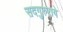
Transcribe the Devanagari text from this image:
सदगुरुराये